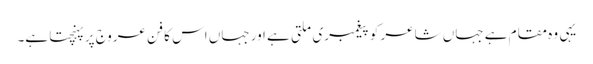
یہی وہ مقام ہے جہاں شاعر کو پیغمبری ملتی ہے اور جہاں اس کا فن عروج پر پہنچتا ہے۔